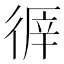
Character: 𢔭